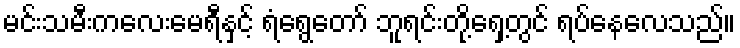
မင်းသမီးကလေးမေရီနှင့် ရံရွေတော် ဘူရင်းတို့ရှေ့တွင် ရပ်နေလေသည်။